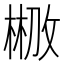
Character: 𣗣